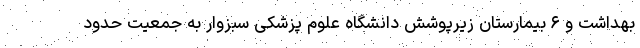
بهداشت و ۶ بیمارستان زیرپوشش دانشگاه علوم پزشکی سبزوار به جمعیت حدود